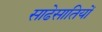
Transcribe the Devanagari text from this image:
साढेसातियों